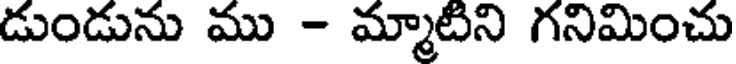
డుండును ము - మ్మాటిని గనిమించు